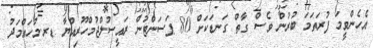
އެހެންވީމަ ފުރަތަމަ ބުރުން ވެސް ގާތް ގަނޑަކަށް 80 ޕަސަންޓުން ރައީސުލްޖުމްހޫރިއްޔާ ޑރ.މުހައްމަދު